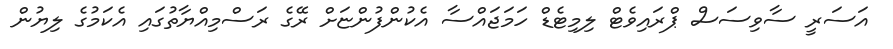
އަސަރީ ސާވިސަސް ޕްރައިވެޓް ލިމިޓެޑް ހަމަޖައްސާ އެކުންފުންޏަށް ރޭގެ ރަސްމިއްޔާތުގައި އެކަމުގެ ލިޔުން